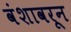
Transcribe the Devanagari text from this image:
वंशावरून